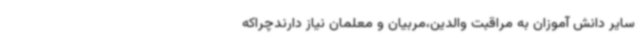
سایر دانش آموزان به مراقبت والدین،مربیان و معلمان نیاز دارندچراکه